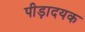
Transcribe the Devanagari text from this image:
पीड़ादयक